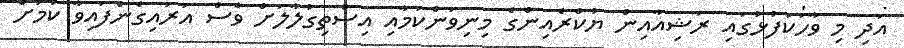
އަދި މި ވާހަކަފުޅުގައި ރަޝިއާއިން ޔުކްރެއިންގެ މިނިވަންކަމާއި އިސްތިގުލާލަށް ވެސް އަރައިގެންފައިވާ ކަމަށް